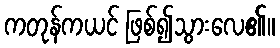
ကတုန်ကယင် ဖြစ်၍သွားလေ၏။